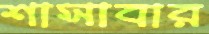
শাসাবার